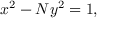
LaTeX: \ x ^ { 2 } - N y ^ { 2 } = 1 ,